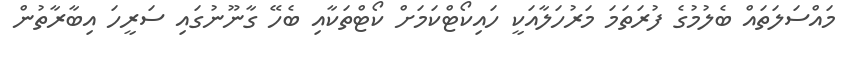
މައްސަލަތައް ބެލުމުގެ ފުރަތަމަ މަރުހަލާއަކީ ހައިކޯޓްކަމަށް ކޯޓްތަކާއި ބެހޭ ގާނޫނުގައި ސަރީހަ އިބާރާތުން